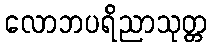
လောဘပရိညာသုတ္တ